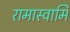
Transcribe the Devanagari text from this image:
रामास्वामि